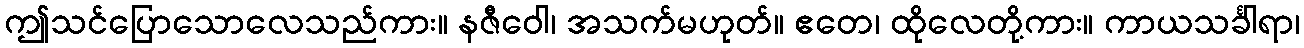
ဤသင်ပြောသောလေသည်ကား။ နဇီဝေါ၊ အသက်မဟုတ်။ ဧတေ၊ ထိုလေတို့ကား။ ကာယသင်္ခါရာ၊